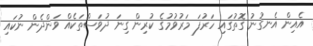
އެއިން އެނގުނު ގޮތުގައި ހަރުފަ މަރުވުމުގެ ކުރިން ގިނަ ދުވަސްތަކެއް ވަންދެން ނުކައި